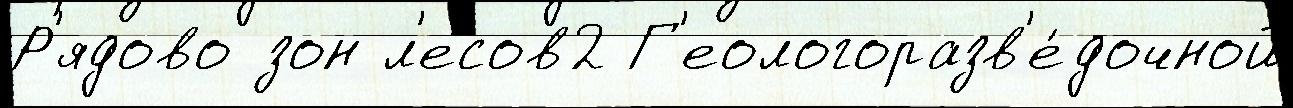
Р'ядово зон л'есов2 Г'еологоразв'е́дочной